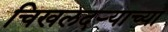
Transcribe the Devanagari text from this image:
चिखलदर्‍याच्या